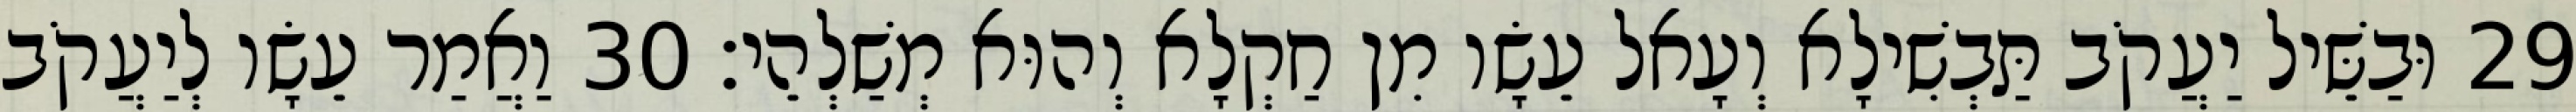
29 וּבַשֵּׁיל יַעֲקֹב תַּבְשִׁילָא וְעָאל עֵשָׂו מִן חַקְלָא וְהוּא מְשַׁלְהֵי׃ 30 וַאֲמַר עֵשָׂו לְיַעֲקֹב